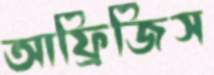
আফ্রিজিস